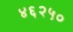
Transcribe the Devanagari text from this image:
४६२५०